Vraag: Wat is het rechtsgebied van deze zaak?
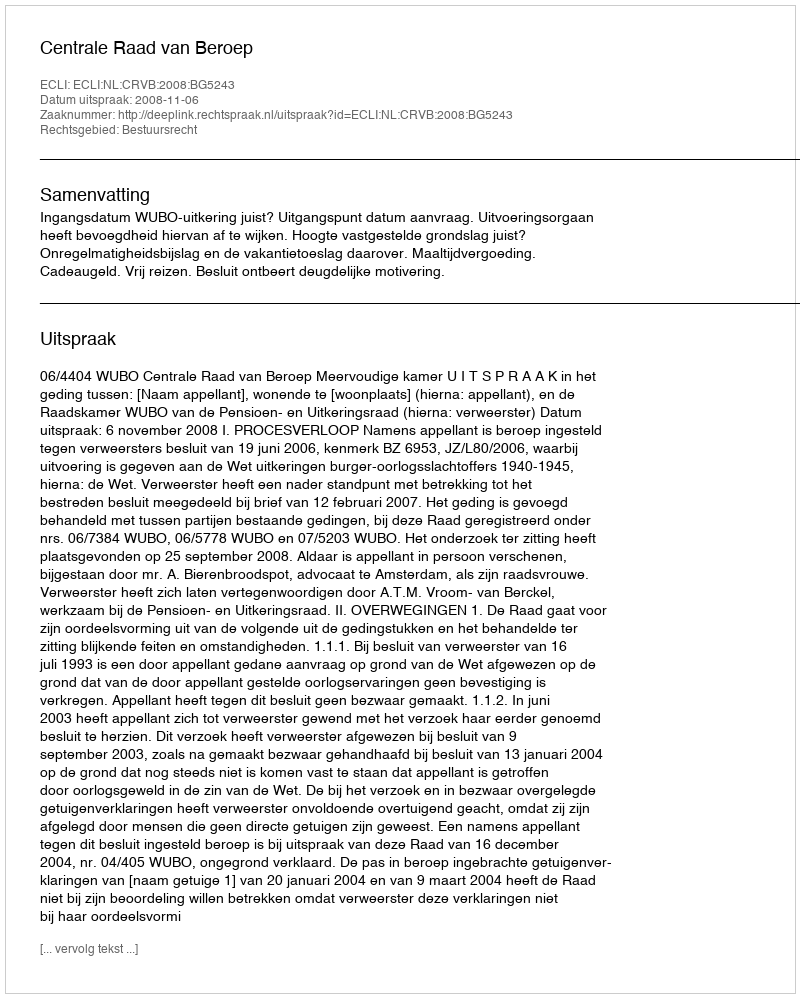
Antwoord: Bestuursrecht